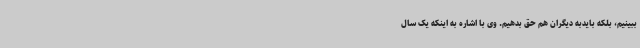
ببینیم، بلکه بایدبه دیگران هم حق بدهیم. وی با اشاره به اینکه یک سال